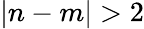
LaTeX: \vert n-m\vert>2